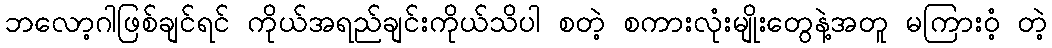
ဘလော့ဂါဖြစ်ချင်ရင် ကိုယ်အရည်ချင်းကိုယ်သိပါ စတဲ့ စကားလုံးမျိုးတွေနဲ့အတူ မကြားဝံ့ တဲ့